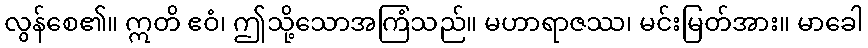
လွန်စေ၏။ ဣတိ ဧဝံ၊ ဤသို့သောအကြံသည်။ မဟာရာဇဿ၊ မင်းမြတ်အား။ မာခေါ